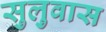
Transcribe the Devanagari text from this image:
सुलुवास